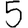
Digit: 5